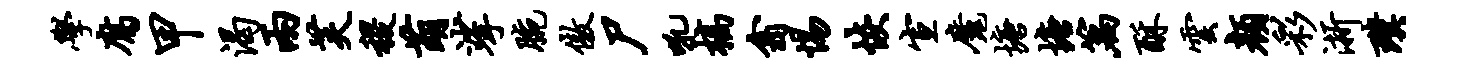
学腐甲渴两芙稷萌挲腕傲尸吼槁翕惕恢宣魔塘塘篇酥云颜彩浙璞